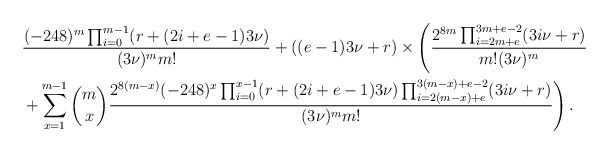
\begin{align*}&\frac{(-248)^m\prod_{i = 0}^{m-1}(r+(2i+e-1)3\nu)}{(3\nu)^mm!}+((e-1)3\nu+r)\times \left(\frac{2^{8m}\prod_{i=2m+e}^{3m+e-2}(3i\nu+r)}{m!(3\nu)^m} \right. \\&\left. +\sum_{x=1}^{m-1}\binom{m}{x}\frac{2^{8(m-x)}(-248)^{x}\prod_{i = 0}^{x-1}(r+(2i+e-1)3\nu) \prod_{i=2(m-x)+e}^{3(m-x)+e-2}(3i\nu+r)}{(3\nu)^{m}m!}\right).\end{align*}